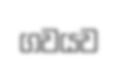
ගවයව